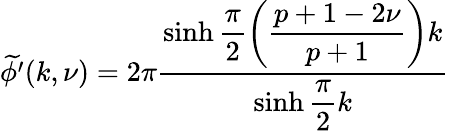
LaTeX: \widetilde{\phi^{\prime}}(k,\nu)=2\pi\displaystyle\frac{\sinh\displaystyle\frac{\pi}{2}\left(\displaystyle\frac{p+1-2\nu}{p+1}\right)k}{\sinh\displaystyle\frac{\pi}{2}k}